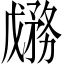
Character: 𱐷